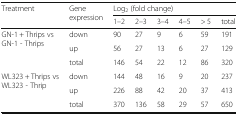
<table><thead><tr><td rowspan="2"><b>Treatment</b></td><td rowspan="2"><b>Gene expression</b></td><td colspan="6"><b>Log<sub>2</sub> (fold change)</b></td></tr><tr><td><b>1–2</b></td><td><b>2–3</b></td><td><b>3–4</b></td><td><b>4–5</b></td><td><b>&gt; 5</b></td><td><b>total</b></td></tr></thead><tbody><tr><td rowspan="3">GN-1 + Thrips vsGN-1 - Thrips</td><td>down</td><td>90</td><td>27</td><td>9</td><td>6</td><td>59</td><td>191</td></tr><tr><td>up</td><td>56</td><td>27</td><td>13</td><td>6</td><td>27</td><td>129</td></tr><tr><td>total</td><td>146</td><td>54</td><td>22</td><td>12</td><td>86</td><td>320</td></tr><tr><td rowspan="3">WL323 + Thrips vsWL323 - Thrip</td><td>down</td><td>144</td><td>48</td><td>16</td><td>9</td><td>20</td><td>237</td></tr><tr><td>up</td><td>226</td><td>88</td><td>42</td><td>20</td><td>37</td><td>413</td></tr><tr><td>total</td><td>370</td><td>136</td><td>58</td><td>29</td><td>57</td><td>650</td></tr></tbody></table>